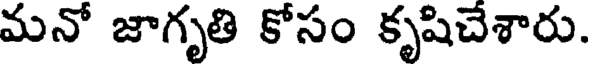
మనో జాగృతి కోసం కృషిచేశారు.